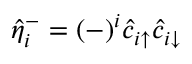
\hat { \eta } _ { i } ^ { - } = ( - ) ^ { i } \hat { c } _ { i \uparrow } \hat { c } _ { i \downarrow }